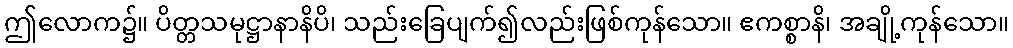
ဤလောက၌။ ပိတ္တသမုဋ္ဌာနာနိပိ၊ သည်းခြေပျက်၍လည်းဖြစ်ကုန်သော။ ဧကစ္စာနိ၊ အချို့ကုန်သော။